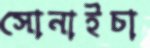
সোনাইচা